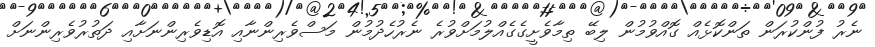
ނެރު ފުންކުރަން ތަންކޮޅެއް ގޮއްވުމުން ލިބޭ ތިމާވެށީގެގެއްލުމަށްވުރެ ނެރުހެދުމުން މަސްވެރިންނާއި އޮޑިވެރިންނަށާއި ދަތުރުވެރިންނަށް